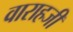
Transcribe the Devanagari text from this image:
वाराहजी